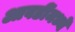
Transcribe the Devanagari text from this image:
आवडींमध्ये